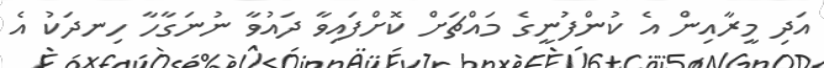
އަދި މީރާއިން އެ ކުންފުނީގެ މައްޗަށް ކޮށްފައިވާ ދައުވާ ނުނަގާހާ ހިނދަކު އެ